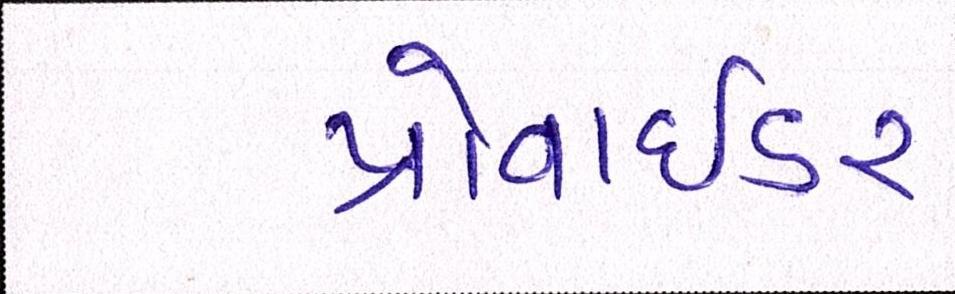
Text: પ્રોવાઇડર